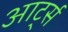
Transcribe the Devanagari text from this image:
आर्ट्स